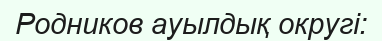
Родников ауылдық округі: